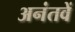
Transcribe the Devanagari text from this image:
अनंतवें